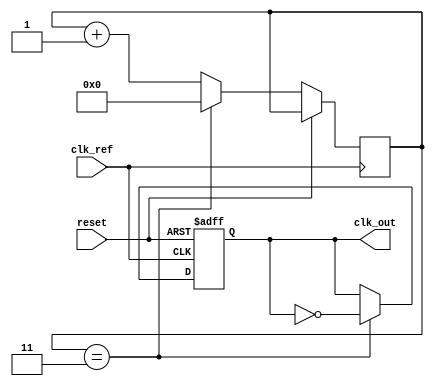
module low_jitter_pll (
    input wire clk_ref,        // Reference clock input
    input wire reset,          // Asynchronous reset
    output reg clk_out         // PLL output clock
);

// Parameters
parameter N = 4;              // Frequency division factor
parameter VCO_MAX_FREQ = 100; // Maximum VCO frequency
parameter VCO_MIN_FREQ = 10;  // Minimum VCO frequency

// Internal signals
reg [7:0] phase_error;        // Phase error signal
reg [7:0] control_voltage;     // Control voltage for VCO
reg [7:0] vco_freq;           // Current VCO frequency
reg [3:0] divider_count;      // Divider count for frequency division

// Phase Detector (PD)
always @(posedge clk_ref or posedge reset) begin
    if (reset) begin
        phase_error <= 0;
    end else begin
        // Simple phase error calculation (for illustration)
        // In practice, this would be more complex
        phase_error <= (clk_ref == clk_out) ? 1 : 0;
    end
end

// Loop Filter (LF)
always @(posedge clk_ref or posedge reset) begin
    if (reset) begin
        control_voltage <= 0;
    end else begin
        // Simple low-pass filter (for illustration)
        control_voltage <= control_voltage + phase_error;
        if (control_voltage > 255) control_voltage <= 255; // Clamp
        if (control_voltage < 0) control_voltage <= 0;     // Clamp
    end
end

// Voltage-Controlled Oscillator (VCO)
always @(posedge clk_ref or posedge reset) begin
    if (reset) begin
        vco_freq <= VCO_MIN_FREQ; // Start at minimum frequency
        clk_out <= 0;
    end else begin
        // Adjust VCO frequency based on control voltage
        vco_freq <= VCO_MIN_FREQ + (control_voltage * (VCO_MAX_FREQ - VCO_MIN_FREQ) / 255);
        
        // Generate output clock based on VCO frequency
        if (divider_count == (N - 1)) begin
            clk_out <= ~clk_out; // Toggle output clock
            divider_count <= 0;   // Reset divider count
        end else begin
            divider_count <= divider_count + 1;
        end
    end
end

endmodule